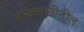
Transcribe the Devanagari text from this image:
वकिलातीतील